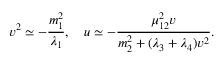
v ^ { 2 } \simeq - { \frac { m _ { 1 } ^ { 2 } } { \lambda _ { 1 } } } , ~ ~ ~ u \simeq - { \frac { \mu _ { 1 2 } ^ { 2 } v } { m _ { 2 } ^ { 2 } + ( \lambda _ { 3 } + \lambda _ { 4 } ) v ^ { 2 } } } .